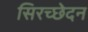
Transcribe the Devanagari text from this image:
सिरच्छेदन